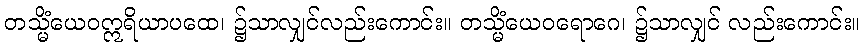
တသ္မိံယေဝဣရိယာပထေ၊ ၌သာလျှင်လည်းကောင်း။ တသ္မိံယေဝရောဂေ၊ ၌သာလျှင် လည်းကောင်း။